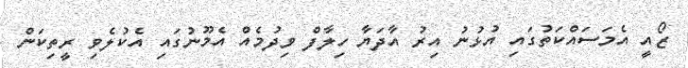
ޒޯއީ އެމަސައްކަތުގައި އުޅުނު އިރު އާދަޔާ ހިލާފް ވިދުމެއް އެމޫނުގައި އެކުލެވި ރީތިކަން